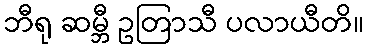
ဘီရု ဆမ္ဘီ ဥတြာသီ ပလာယီတိ။